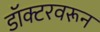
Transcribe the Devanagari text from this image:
डॉक्टरवरून